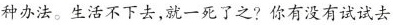
种办法。生活不下去，就一死了之?你有没有试试去